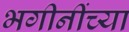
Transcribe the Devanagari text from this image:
भगीनींच्या